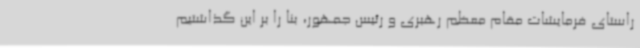
راستای فرمایشات مقام معظم رهبری و رئیس جمهور، بنا را بر این گذاشتیم